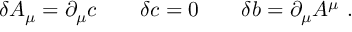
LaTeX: \delta A _ { \mu } = \partial _ { \mu } c \qquad \delta c = 0 \qquad \delta b = \partial _ { \mu } A ^ { \mu } \ .